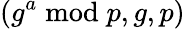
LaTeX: (g^{a}{\bmod{p}},g,p)